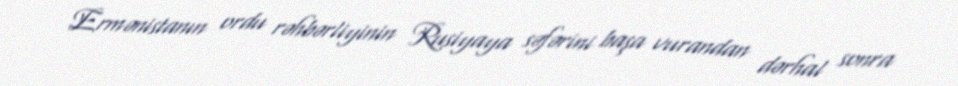
Ermənistanın ordu rəhbərliyinin Rusiyaya səfərini başa vurandan dərhal sonra